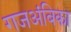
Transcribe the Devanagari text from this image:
गजअंबिका